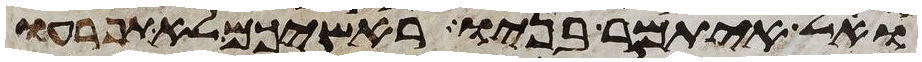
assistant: ואל איתמר בניו ראשיכם לא תפרעו